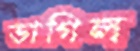
ভাগিল